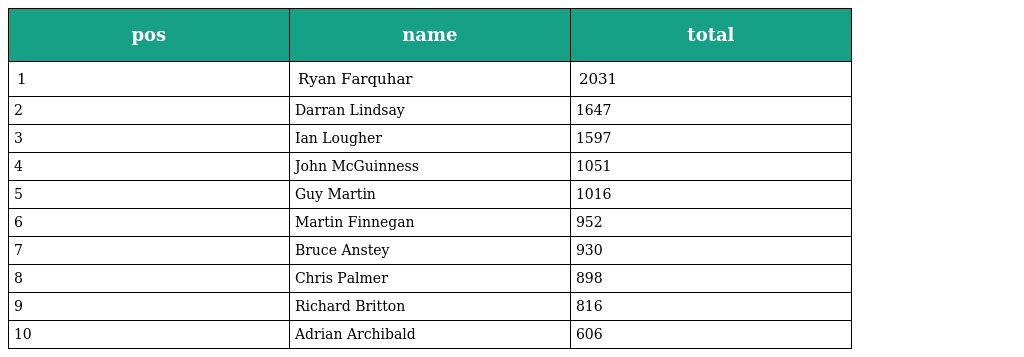
| pos | name | total |
 | --- | --- | --- |
 | 1 | Ryan Farquhar | 2031 |
 | 2 | Darran Lindsay | 1647 |
 | 3 | Ian Lougher | 1597 |
 | 4 | John McGuinness | 1051 |
 | 5 | Guy Martin | 1016 |
 | 6 | Martin Finnegan | 952 |
 | 7 | Bruce Anstey | 930 |
 | 8 | Chris Palmer | 898 |
 | 9 | Richard Britton | 816 |
 | 10 | Adrian Archibald | 606 |